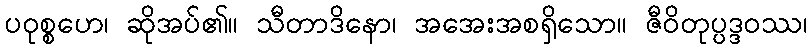
ပဝုစ္စဟေ၊ ဆိုအပ်၏။ သီတာဒိနော၊ အအေးအစရှိသော။ ဇီဝိတုပ္ပဒ္ဒဝဿ၊